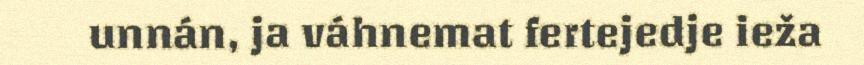
unnán, ja váhnemat fertejedje ieža